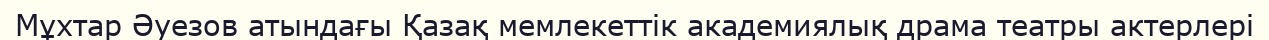
Мұхтар Әуезов атындағы Қазақ мемлекеттік академиялық драма театры актерлері